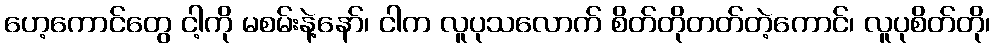
ဟေ့ကောင်တွေ ငါ့ကို မစမ်းနဲ့နော်၊ ငါက လူပုသလောက် စိတ်တိုတတ်တဲ့ကောင်၊ လူပုစိတ်တို၊